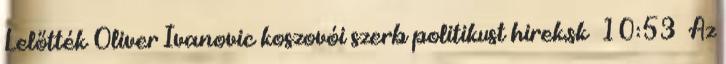
Lelőtték Oliver Ivanovic koszovói szerb politikust hirek.sk 10:53 Az